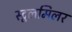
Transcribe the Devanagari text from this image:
स्टूलमिलर